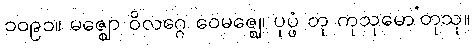
၁၀၉၁။ မဇ္ဈော ဝိလဂ္ဂေ ဝေမဇ္ဈေ၊ ပုပ္ဖံ တု ကုသုမော’တုသု။